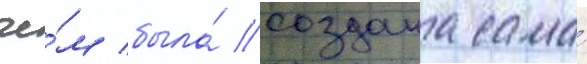
че́м была́ создана сама́